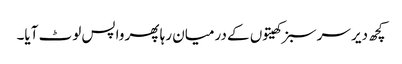
کچھ دیر سرسبز کھیتوں کے درمیان رہا پھر واپس لوٹ آیا۔